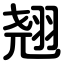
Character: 翘